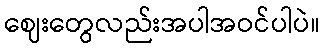
ဈေးတွေလည်းအပါအဝင်ပါပဲ။